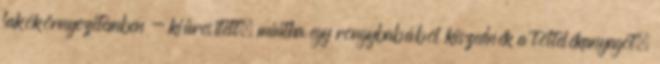
lakókörnyezetemben - kiüresített, mintha egy rongybabából kiszednék a töltelékanyagot.